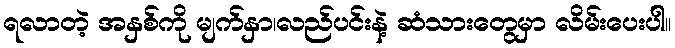
ရလာတဲ့ အနှစ်ကို မျက်နှာ၊လည်ပင်းနဲ့ ဆံသားတွေမှာ လိမ်းပေးပါ။